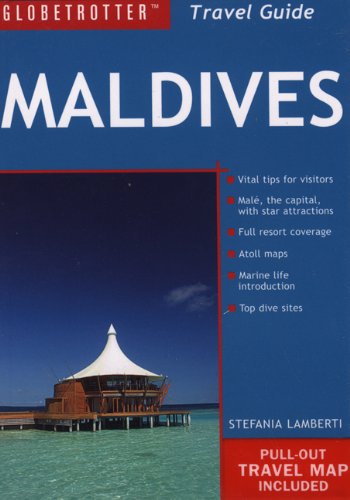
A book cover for Maldives Travel Pack (Globetrotter Travel Packs); Stefania Lamberti; Travel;